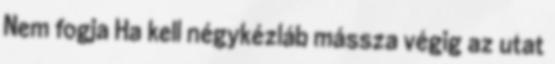
Nem fogja Ha kell négykézláb mássza végig az utat